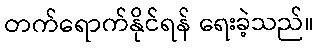
တက်ရောက်နိုင်ရန် ရေးခဲ့သည်။